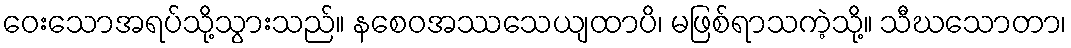
ဝေးသောအရပ်သို့သွားသည်။ နစေဝအဿသေယျထာပိ၊ မဖြစ်ရာသကဲ့သို့။ သီဃသောတာ၊